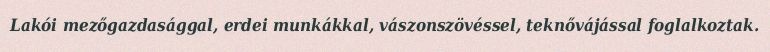
Lakói mezőgazdasággal, erdei munkákkal, vászonszövéssel, teknővájással foglalkoztak.